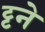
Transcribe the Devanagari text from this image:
ट्टने